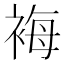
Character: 𧚀